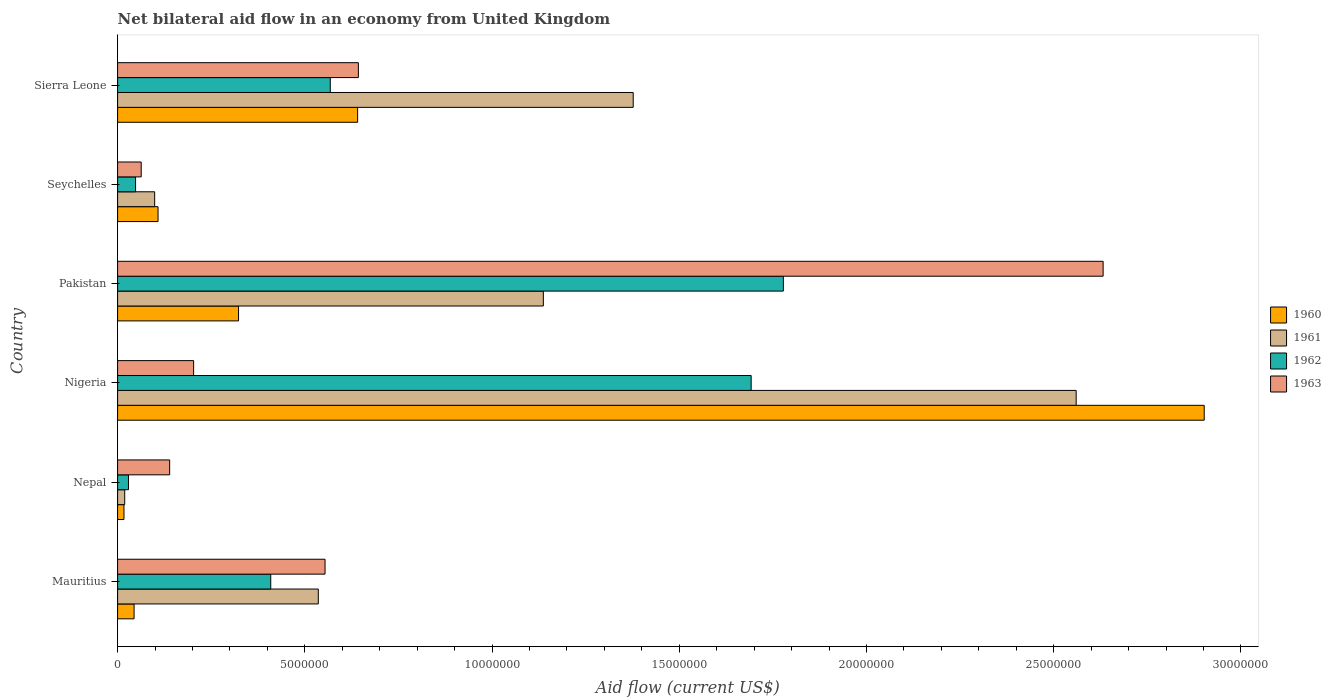
| Country | 1960 | 1961 | 1962 | 1963 |
 | --- | --- | --- | --- | --- |
 | Mauritius | 4.4e+05 | 5.36e+06 | 4.09e+06 | 5.54e+06 |
 | Nepal | 1.7e+05 | 1.9e+05 | 2.9e+05 | 1.39e+06 |
 | Nigeria | 2.9e+07 | 2.56e+07 | 1.69e+07 | 2.03e+06 |
 | Pakistan | 3.23e+06 | 1.14e+07 | 1.78e+07 | 2.63e+07 |
 | Seychelles | 1.08e+06 | 9.9e+05 | 4.8e+05 | 6.3e+05 |
 | Sierra Leone | 6.41e+06 | 1.38e+07 | 5.68e+06 | 6.43e+06 |